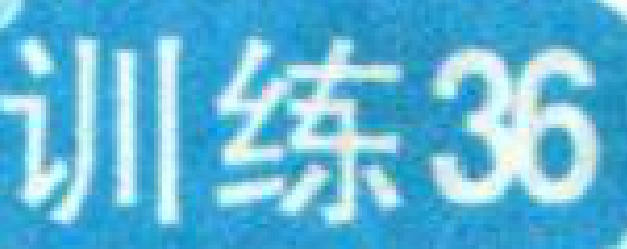
训练36